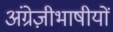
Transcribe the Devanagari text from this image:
अंग्रेज़ीभाषीयों